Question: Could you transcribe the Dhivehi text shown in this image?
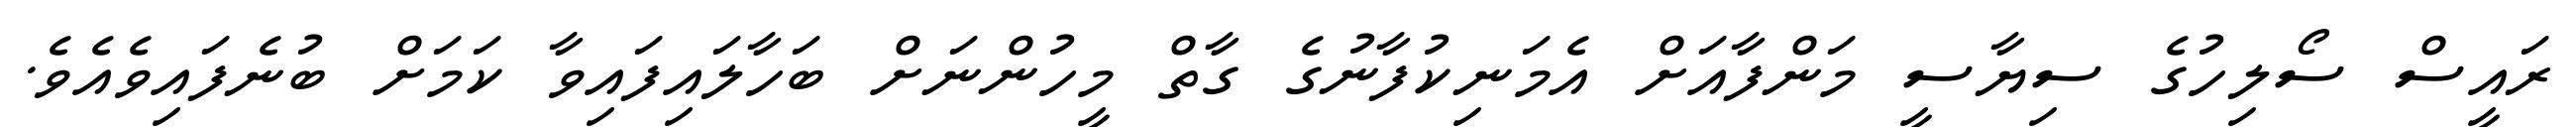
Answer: ރައީސް ސޯލިހުގެ ސިޔާސީ މަންފާއަށް އެމަނިކުފާނުގެ ގާތް މީހުންނަށް ބަހާލައިފައިވާ ކަމަށް ބުނެފައިވެއެވެ.